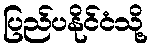
ပြည်ပနိုင်ငံသို့